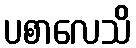
ပစာလေသိ